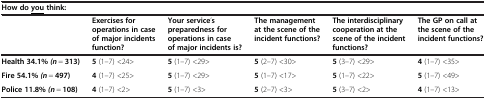
<table><thead><tr><td colspan="6"><b>How do <underline>you </underline>think:</b></td></tr><tr><td><b> </b></td><td><b>Exercises for operations in case of major incidents function?</b></td><td><b>Your service’s preparedness for operations in case of major incidents is?</b></td><td><b>The management at the scene of the incident functions?</b></td><td><b>The interdisciplinary cooperation at the scene of the incident functions?</b></td><td><b>The GP on call at the scene of the incident functions?</b></td></tr></thead><tbody><tr><td><b>Health 34.</b><b>1%</b><b><i>(n</i></b> = <b>313)</b></td><td><b>5</b> (1–7) &lt;24&gt;</td><td><b>5</b> (1–7) &lt;29&gt;</td><td><b>5</b> (2–7) &lt;30&gt;</td><td><b>5</b> (3–7) &lt;29&gt;</td><td><b>4</b> (1–7) &lt;35&gt;</td></tr><tr><td><b>Fire 54.</b><b>1%</b><b><i>(n</i></b> = <b>497)</b></td><td><b>4</b> (1–7) &lt;25&gt;</td><td><b>5</b> (1–7) &lt;29&gt;</td><td><b>5</b> (1–7) &lt;17&gt;</td><td><b>5</b> (1–7) &lt;22&gt;</td><td><b>5</b> (1–7) &lt;49&gt;</td></tr><tr><td><b>Police 11.</b><b>8%</b><b><i>(n</i></b> = <b>108)</b></td><td><b>4</b> (1–7) &lt;2&gt;</td><td><b>5</b> (1–7) &lt;3&gt;</td><td><b>5</b> (2–7) &lt;3&gt;</td><td><b>5</b> (3–7) &lt;2&gt;</td><td><b>4</b> (1–7) &lt;13&gt;</td></tr></tbody></table>